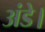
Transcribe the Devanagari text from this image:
अंडे।